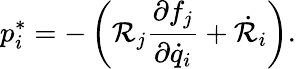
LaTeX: p_{i}^{*}=-\left(\mathcal{R}_{j}\frac{\partial f_{j}}{\partial\dot{q}_{i}}+\dot{\mathcal{R}}_{i}\right).